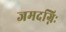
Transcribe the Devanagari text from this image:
जमदग्निः